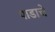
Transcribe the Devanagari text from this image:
पाडाचे